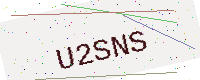
Text: U2SNS